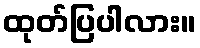
ထုတ်ပြပါလား။